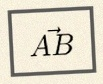
\vec{AB}